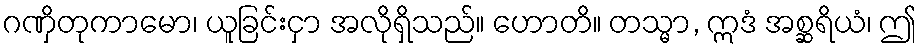
ဂဏှိတုကာမော၊ ယူခြင်းငှာ အလိုရှိသည်။ ဟောတိ။ တသ္မာ, ဣဒံ အစ္ဆရိယံ၊ ဤ